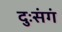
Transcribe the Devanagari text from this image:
दुःसंगं